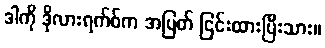
ဒါကို ဒိုလားရက်စ်က အပြတ် ငြင်းထားပြီးသား။